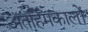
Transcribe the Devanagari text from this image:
अंतर्हिमकालों